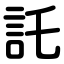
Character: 託